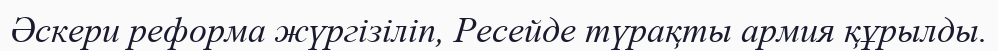
Әскери реформа жүргізіліп, Ресейде түрақты армия құрылды.